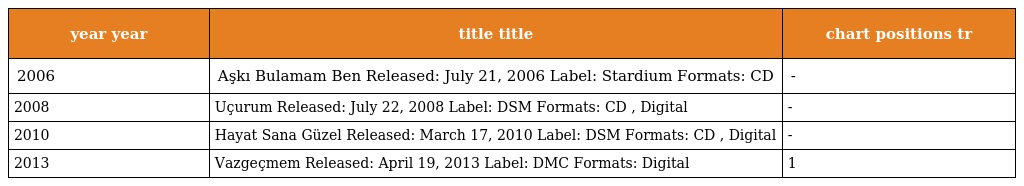
| year year | title title | chart positions tr |
 | --- | --- | --- |
 | 2006 | Aşkı Bulamam Ben Released: July 21, 2006 Label: Stardium Formats: CD | - |
 | 2008 | Uçurum Released: July 22, 2008 Label: DSM Formats: CD , Digital | - |
 | 2010 | Hayat Sana Güzel Released: March 17, 2010 Label: DSM Formats: CD , Digital | - |
 | 2013 | Vazgeçmem Released: April 19, 2013 Label: DMC Formats: Digital | 1 |